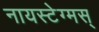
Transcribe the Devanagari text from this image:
नायस्‍टेग्‍मस्